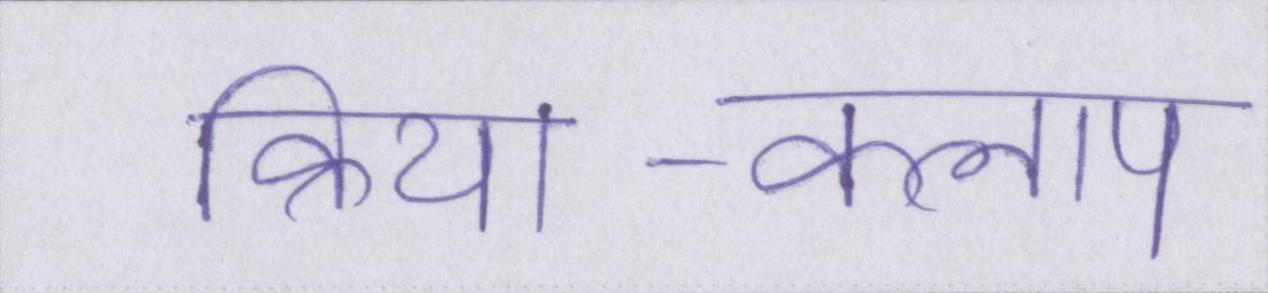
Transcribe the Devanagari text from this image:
क्रिया-कलाप